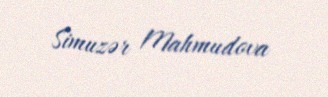
Simuzər Mahmudova